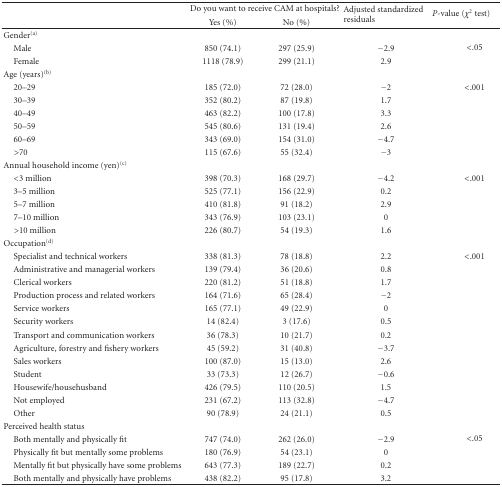
<table><thead><tr><td></td><td colspan="2"><b>Do you want to receive CAM at hospitals?</b></td><td rowspan="2"><b>Adjusted standardized residuals</b></td><td rowspan="2"><b><i>P</i>-value (<i>χ</i><sup>2</sup> test)</b></td></tr><tr><td></td><td><b>Yes (%)</b></td><td><b>No (%)</b></td></tr></thead><tbody><tr><td>Gender<sup>(a)</sup></td><td></td><td></td><td></td><td></td></tr><tr><td> Male</td><td>850 (74.1)</td><td>297 (25.9)</td><td>−2.9</td><td>&lt;.05</td></tr><tr><td> Female</td><td>1118 (78.9)</td><td>299 (21.1)</td><td>2.9</td><td></td></tr><tr><td>Age (years)<sup>(b)</sup></td><td></td><td></td><td></td><td></td></tr><tr><td> 20–29</td><td>185 (72.0)</td><td>72 (28.0)</td><td>−2</td><td>&lt;.001</td></tr><tr><td> 30–39</td><td>352 (80.2)</td><td>87 (19.8)</td><td>1.7</td><td></td></tr><tr><td> 40–49</td><td>463 (82.2)</td><td>100 (17.8)</td><td>3.3</td><td></td></tr><tr><td> 50–59</td><td>545 (80.6)</td><td>131 (19.4)</td><td>2.6</td><td></td></tr><tr><td> 60–69</td><td>343 (69.0)</td><td>154 (31.0)</td><td>−4.7</td><td></td></tr><tr><td> &gt;70</td><td>115 (67.6)</td><td>55 (32.4)</td><td>−3</td><td></td></tr><tr><td>Annual household income (yen)<sup>(c)</sup></td><td></td><td></td><td></td><td></td></tr><tr><td> &lt;3 million</td><td>398 (70.3)</td><td>168 (29.7)</td><td>−4.2</td><td>&lt;.001</td></tr><tr><td> 3–5 million</td><td>525 (77.1)</td><td>156 (22.9)</td><td>0.2</td><td></td></tr><tr><td> 5–7 million</td><td>410 (81.8)</td><td>91 (18.2)</td><td>2.9</td><td></td></tr><tr><td> 7–10 million</td><td>343 (76.9)</td><td>103 (23.1)</td><td>0</td><td></td></tr><tr><td> &gt;10 million</td><td>226 (80.7)</td><td>54 (19.3)</td><td>1.6</td><td></td></tr><tr><td>Occupation<sup>(d)</sup></td><td></td><td></td><td></td><td></td></tr><tr><td> Specialist and technical workers</td><td>338 (81.3)</td><td>78 (18.8)</td><td>2.2</td><td>&lt;.001</td></tr><tr><td> Administrative and managerial workers</td><td>139 (79.4)</td><td>36 (20.6)</td><td>0.8</td><td></td></tr><tr><td> Clerical workers</td><td>220 (81.2)</td><td>51 (18.8)</td><td>1.7</td><td></td></tr><tr><td> Production process and related workers</td><td>164 (71.6)</td><td>65 (28.4)</td><td>−2</td><td></td></tr><tr><td> Service workers</td><td>165 (77.1)</td><td>49 (22.9)</td><td>0</td><td></td></tr><tr><td> Security workers</td><td>14 (82.4)</td><td>3 (17.6)</td><td>0.5</td><td></td></tr><tr><td> Transport and communication workers</td><td>36 (78.3)</td><td>10 (21.7)</td><td>0.2</td><td></td></tr><tr><td> Agriculture, forestry and fishery workers</td><td>45 (59.2)</td><td>31 (40.8)</td><td>−3.7</td><td></td></tr><tr><td> Sales workers</td><td>100 (87.0)</td><td>15 (13.0)</td><td>2.6</td><td></td></tr><tr><td> Student</td><td>33 (73.3)</td><td>12 (26.7)</td><td>−0.6</td><td></td></tr><tr><td> Housewife/househusband</td><td>426 (79.5)</td><td>110 (20.5)</td><td>1.5</td><td></td></tr><tr><td> Not employed</td><td>231 (67.2)</td><td>113 (32.8)</td><td>−4.7</td><td></td></tr><tr><td> Other</td><td>90 (78.9)</td><td>24 (21.1)</td><td>0.5</td><td></td></tr><tr><td>Perceived health status</td><td></td><td></td><td></td><td></td></tr><tr><td> Both mentally and physically fit</td><td>747 (74.0)</td><td>262 (26.0)</td><td>−2.9</td><td>&lt;.05</td></tr><tr><td> Physically fit but mentally some problems</td><td>180 (76.9)</td><td>54 (23.1)</td><td>0</td><td></td></tr><tr><td> Mentally fit but physically have some problems</td><td>643 (77.3)</td><td>189 (22.7)</td><td>0.2</td><td></td></tr><tr><td> Both mentally and physically have problems</td><td>438 (82.2)</td><td>95 (17.8)</td><td>3.2</td><td></td></tr></tbody></table>